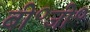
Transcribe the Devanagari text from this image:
बी॰जी॰